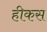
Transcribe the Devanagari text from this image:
हीकस